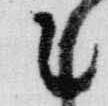
乙